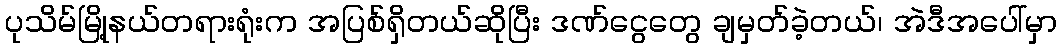
ပုသိမ်မြို့နယ်တရားရုံးက အပြစ်ရှိတယ်ဆိုပြီး ဒဏ်ငွေတွေ ချမှတ်ခဲ့တယ်၊ အဲဒီအပေါ်မှာ